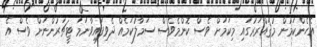
އެހެންކަމުން މުޤައްރަރުގައި މިކަމަށް ވެސް ކޮންމެވެސް ސަމާލުކަމެއް ދެވިފައިވާނަމަ ޓީޗަރުންނަށް ވެސް އެ